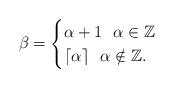
LaTeX: \begin{align*}\beta=\begin{cases}\alpha+1 \ \ \alpha\in\mathbb{Z}\\\lceil\alpha\rceil \ \ \alpha\notin\mathbb{Z}.\end{cases}\end{align*}